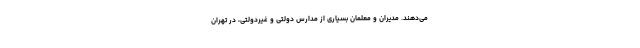
می‌دهند. مدیران و معلمان بسیاری از مدارس دولتی و غیردولتی، در تهران